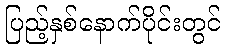
ပြည့်နှစ်နောက်ပိုင်းတွင်